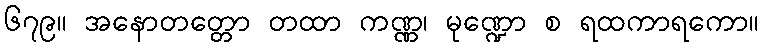
၆၇၉။ အနောတတ္တော တထာ ကဏ္ဏ၊ မုဏ္ဍော စ ရထကာရကော။